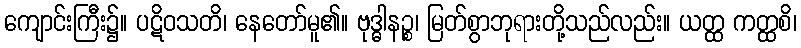
ကျောင်းကြီး၌။ ပဋိဝသတိ၊ နေတော်မူ၏။ ဗုဒ္ဓါနဉ္စ၊ မြတ်စွာဘုရားတို့သည်လည်း။ ယတ္ထ ကတ္ထစိ၊